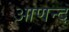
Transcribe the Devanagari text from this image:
आणन्द